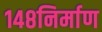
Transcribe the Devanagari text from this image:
१४८निर्माण